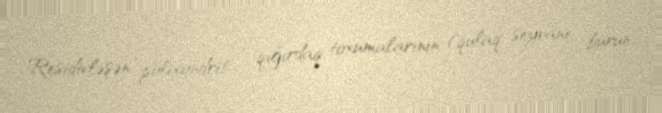
Residivləşən polixondrit – qığırdaq toxumalarının (qulaq seyvanı, burun,